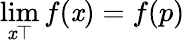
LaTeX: \operatorname*{lim}_{\mathit{x}\top}f(\mathit{x})=f(p)